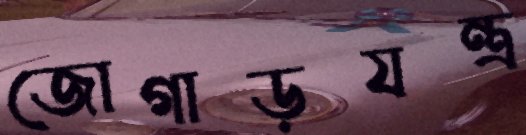
জোগাড়যন্ত্র